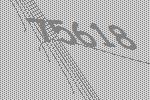
75618